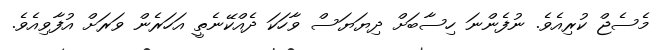
މެސެޖް ކުރިއެވެ. ނުފެންނަ ހިސާބަށް ދިޔަޔަސް ވާހަކަ ދެއްކޭނެތީ އަހަރެން ވަރަށް އުފާވިއެވެ.